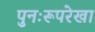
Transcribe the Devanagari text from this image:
पुनःरूपरेखा